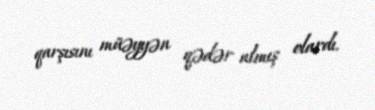
qarşısını müəyyən qədər almış olardı.